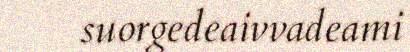
suorgedeaivvadeami